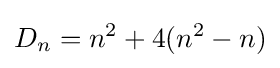
D_{n}=n^{2}+4(n^{2}-n)